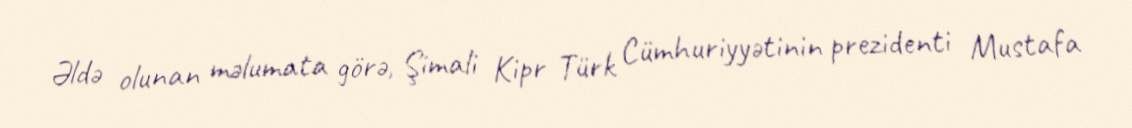
Əldə olunan məlumata görə, Şimali Kipr Türk Cümhuriyyətinin prezidenti Mustafa